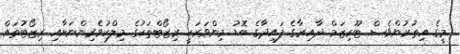
މީގެ އިތުރުންވެސް ޓޫރިޒަމް ދާއިރާގެ ފައިދާގެ ބޮޑު މިންވަރަކީ ރިޒޯޓްތަކުގެ މިލްކުވެރިންނަށާއި ރިޒޯޓުތައް